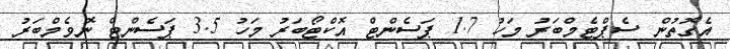
އެގޮތުން ސެޕްޓެމްބަރު މަހު 1.7 ޕަސެންޓް އޮކްޓޯބަރު މަހު 3.5 ޕަސެންޓް ނޮވެމްބަރު